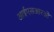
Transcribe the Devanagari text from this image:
आईएसआरओ